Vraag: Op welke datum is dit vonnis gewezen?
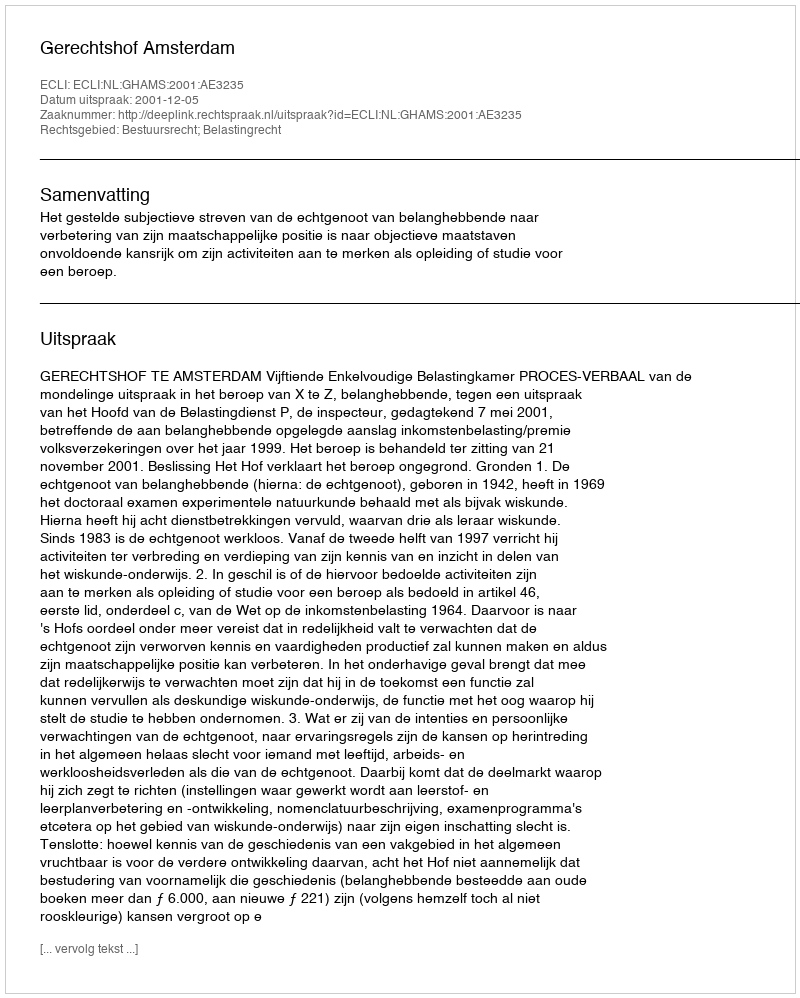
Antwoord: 2001-12-05